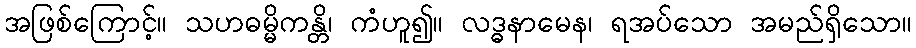
အဖြစ်ကြောင့်။ သဟဓမ္မိကန္တိ၊ ကံဟူ၍။ လဒ္ဓနာမေန၊ ရအပ်သော အမည်ရှိသော။